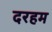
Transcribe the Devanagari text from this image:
दरहम